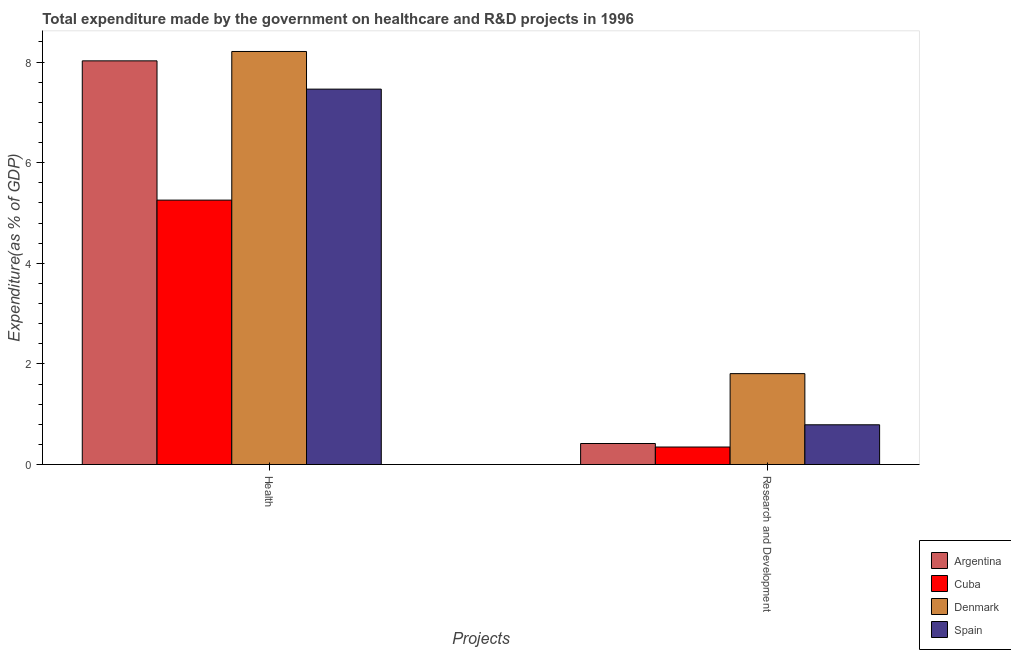
| Projects | Argentina | Cuba | Denmark | Spain |
 | --- | --- | --- | --- | --- |
 | Health | 8.02 | 5.26 | 8.21 | 7.46 |
 | Research and Development | 0.417 | 0.347 | 1.81 | 0.789 |